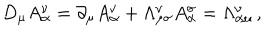
LaTeX: D _ { \mu } A _ { \alpha } ^ { \nu } = \partial _ { \mu } A _ { \alpha } ^ { \nu } + \Lambda _ { \mu \sigma } ^ { \nu } A _ { \alpha } ^ { \sigma } = \Lambda _ { \alpha \mu } ^ { \nu } \, ,